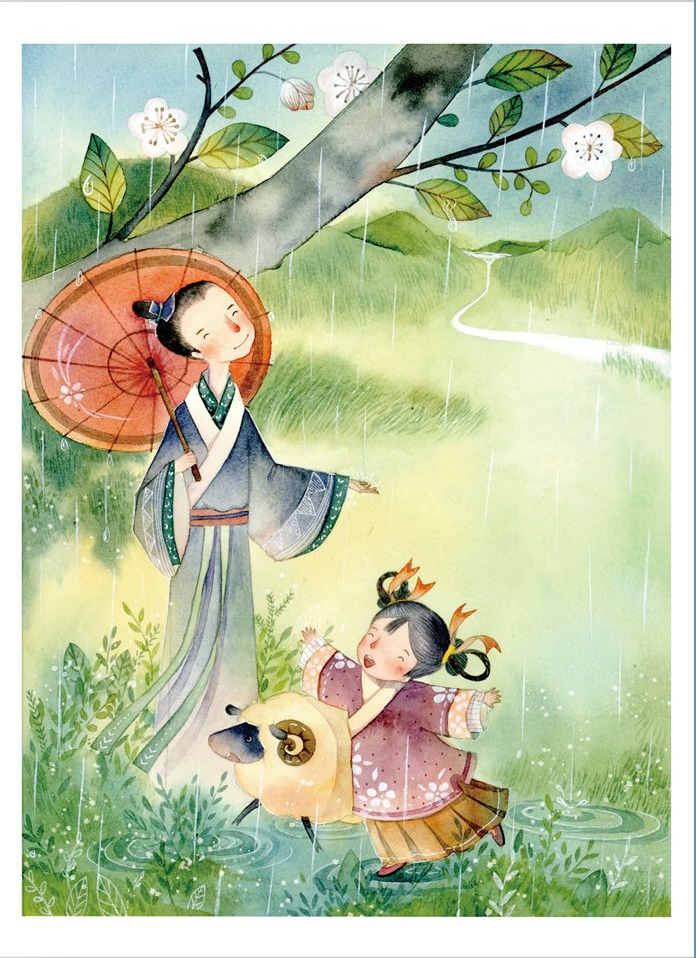
好雨知时节，当春乃发生。